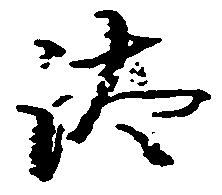
汰